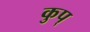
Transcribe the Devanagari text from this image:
कुप्